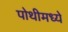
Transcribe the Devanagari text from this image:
पोथीमध्ये